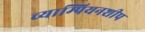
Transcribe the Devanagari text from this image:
च्याम्पियनशीप